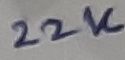
Text: 22K